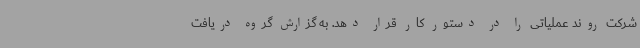
شرکت روند عملیاتی را در دستور کار قرار دهد. به گزارش گروه دریافت